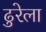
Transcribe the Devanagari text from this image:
ढुरेला